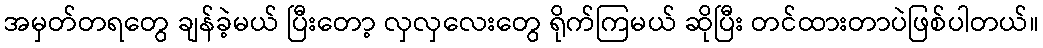
အမှတ်တရတွေ ချန်ခဲ့မယ် ပြီးတော့ လှလှလေးတွေ ရိုက်ကြမယ် ဆိုပြီး တင်ထားတာပဲဖြစ်ပါတယ်။